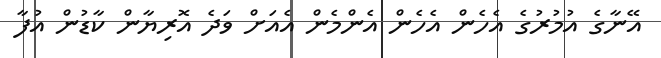
އޭނާގެ އުމުރުގެ އެހެން އެހެން އެންމެން އެއަށް ވަދެ އޮރިޔާން ކާޑުން އުފާ